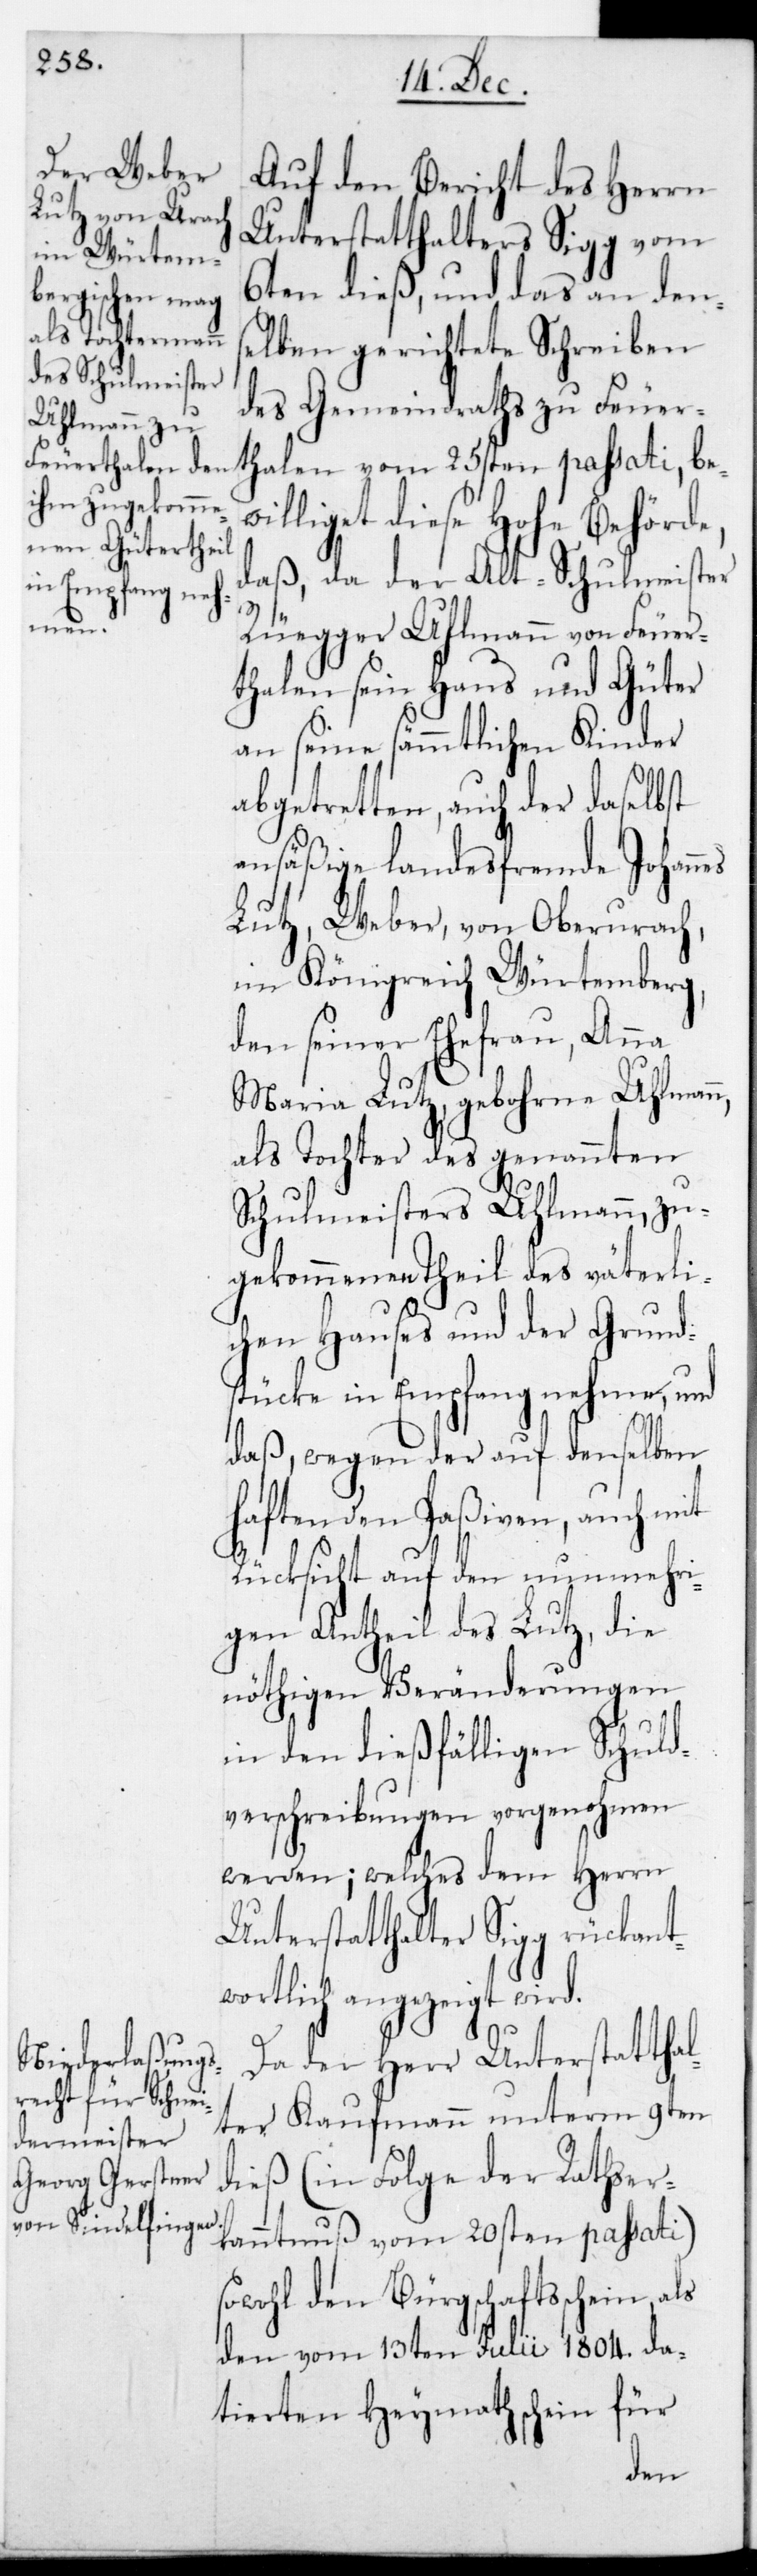
kantw¬

Auf den Bericht des Herrn
Unterstatthalter Sigg rüc¬
6ten dieß, und das an dens¬
elben gerichtete Schreiben
des Gemeindraths zu Feuer¬
thalen vom 25sten passati, be¬
williget diese Hohe Behörde
daß, da der Alt-Schulmeister
Rüegger Uhlmann von Feuer¬
thalen sein Haus und Güter
an seine sämmtlichen Kinder
abgetretten, auch der daselbst
ansäßige landesfremde Johannes
Lutz, Weber, von Oberurach
im Königreich Würtemberg,
den seiner Ehefrau Anna
Maria Lutz, geborne Uhlman¬
als Tochter des genannten
Schulmeisters Uhlmann, zu¬
gekommenen Theil des väterli¬
chen Hauses und der Grund¬
stücke in Empfang nehme, und
daß, wegen der auf denselben
haftenden Paßiven, auch mit
Rücksicht auf den nunmehri¬
gen Antheil des Lutz, die
nöthigen Veränderungen
in den dießfälligen Schuld¬
verschreibungen vorgenohmen
werden; welches dem Herrn
ortlich angezeigt
Da der Herr Unterstatthal¬
ter Kaufmann unterm 9ten
dieß (in Folge der Rathser¬
kanntnuß vom 20sten passati)
sowohl den Bürgschaftsschein
den vom 13ten Julii 1804. da¬
tierten Heymathschein